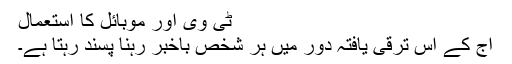
ٹی وی اور موبائل کا استعمال
آج کے اس ترقی یافتہ دور میں ہر شخص باخبر رہنا پسند رہتا ہے۔